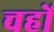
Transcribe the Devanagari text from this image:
चहों